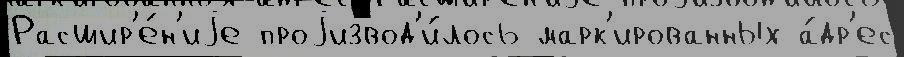
Расшир'е́н'иjе проjизвод'и́лось марк'ированных а́др'ес